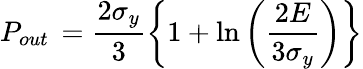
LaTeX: P_{out}\, =\frac{2\sigma_{y}}{3}\left\{ 1+\ln\left(\frac{2E}{3\sigma_{y}}\right)\right\}